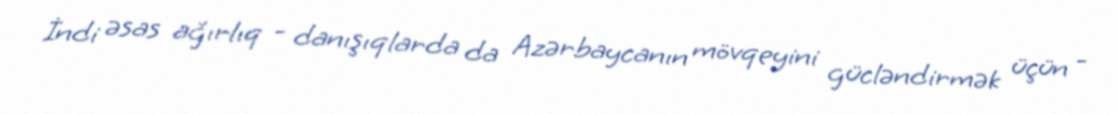
İndi əsas ağırlıq - danışıqlarda da Azərbaycanın mövqeyini gücləndirmək üçün -